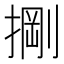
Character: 𭡺